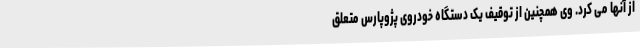
از آنها می کرد. وی همچنین از توقیف یک دستگاه خودروی پژوپارس متعلق